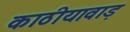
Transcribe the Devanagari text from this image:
काठीयावाड़